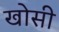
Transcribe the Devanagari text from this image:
खोसी